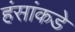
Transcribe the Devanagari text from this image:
हंसांकडे